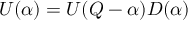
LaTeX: U ( \alpha ) = U ( Q - \alpha ) D ( \alpha )